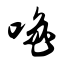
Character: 噜